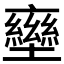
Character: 𡓩